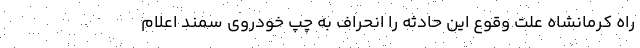
راه کرمانشاه علت وقوع این حادثه را انحراف به چپ خودروی سمند اعلام